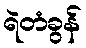
ရဲတံခွန်